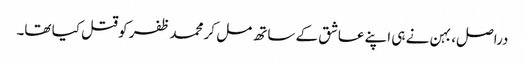
دراصل، بہن نے ہی اپنے عاشق کے ساتھ مل کر محمد ظفر کو قتل کیا تھا۔